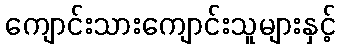
ကျောင်းသားကျောင်းသူများနှင့်